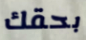
بحقك